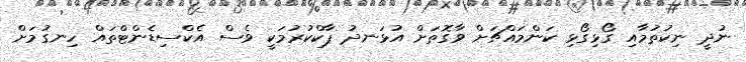
ނުދީ ނިކުތުމާއި ގޯޅިގޯޅި ކަންމައްޗަށް ވާގޮތަށް އުޅަނދު ޕާކްކުރުމަކީ ވެސް އެކްސިޑެންޓްތައް ހިނގުމަށް